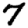
Digit: 7